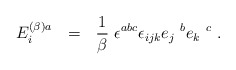
\begin{align*}E_i^{(\beta) a}~~=~~\frac{1}{\beta}~\epsilon^{abc} \epsilon_{ijk} e_j~^be_k~^c~. \end{align*}